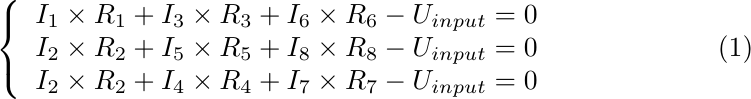
\begin{equation}
\left\{
    \begin{array}{c}
    I_1\times R_1+I_3\times R_3+I_6\times R_6-U_{input}=0\\
    I_2\times R_2+I_5\times R_5+I_8\times R_8-U_{input}=0\\
    I_2\times R_2+I_4\times R_4+I_7\times R_7-U_{input}=0\\
    \end{array}
\right.
\end{equation}